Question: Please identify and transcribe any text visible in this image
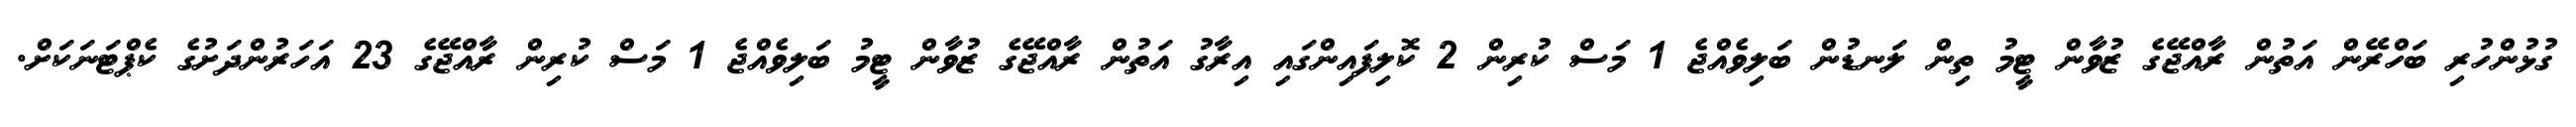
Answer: ގުޅުންހުރި ބަހްރޭން އަތުން ރާއްޖޭގެ ޒުވާން ޓީމު ތިން ލަނޑުން ބަލިވެއްޖެ 1 މަސް ކުރިން 2 ކޮލިފައިންގައި އިރާގު އަތުން ރާއްޖޭގެ ޒުވާން ޓީމު ބަލިވެއްޖެ 1 މަސް ކުރިން ރާއްޖޭގެ 23 އަހަރުންދަށުގެ ކެޕްޓަނަކަށް.